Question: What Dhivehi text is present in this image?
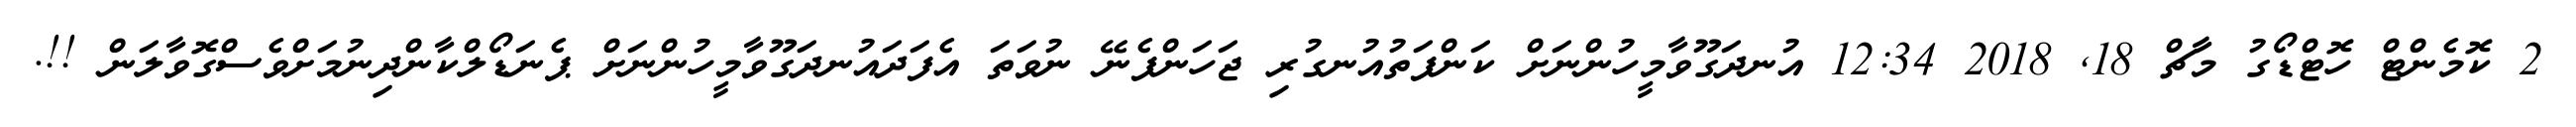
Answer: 2 ކޮމެންޓް ހޮޓްޑޯގު މާޗް 18, 2018 12:34 އުނދަގޫވާމީހުންނަށް ކަންފަތުއުނގުރި ޖަހަންފެނޭ ނުވަތަ އެފަދައުނދަގޫވާމީހުންނަށް ޕެނަޑޯލްކާންދިނުމަށްވެސްގޮވާލަން !!.